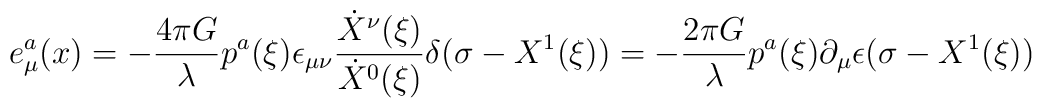
e^a_\mu(x)=-\frac{4\pi G}{\lambda} p^a(\xi)\epsilon_{\mu\nu}{\dot X^\nu(\xi)\over \dot X^0(\xi)}\delta(\sigma-X^1(\xi))=-\frac{2\pi G}{\lambda} p^a(\xi)\partial_\mu \epsilon (\sigma-X^1(\xi))